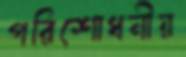
পরিশোধনীয়